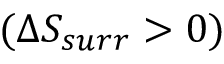
( \Delta S _ { s u r r } > 0 )